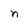
Character: n